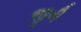
જીવી